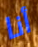
أنا